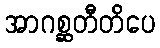
အာဂစ္ဆတီတိပေ